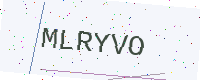
Text: MLRYVO